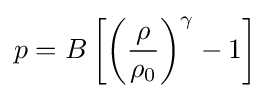
p=B\left[\left({\frac {\rho }{\rho _{0}}}\right)^{\gamma }-1\right]